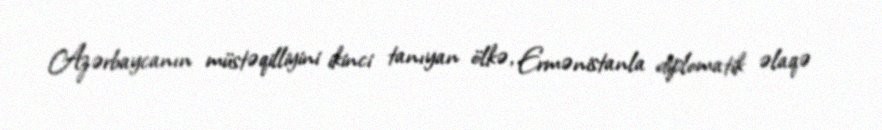
Azərbaycanın müstəqilliyini ikinci tanıyan ölkə, Ermənistanla diplomatik əlaqə